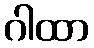
ဂါထာ